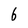
Character: 6